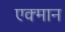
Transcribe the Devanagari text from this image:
एक्मान